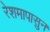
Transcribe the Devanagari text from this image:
रेशमापासुन